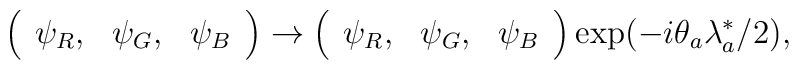
\left(\begin{array}{ccc}\psi _{R}, & \psi _{G}, & \psi _{B}\end{array}\right) \rightarrow \left(\begin{array}{ccc}\psi _{R}, & \psi _{G}, & \psi _{B}\end{array}\right) \exp (-i\theta _{a}\lambda _{a}^{*}/2),